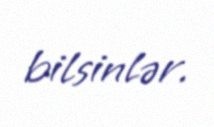
bilsinlər.